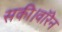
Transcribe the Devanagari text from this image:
सकी।वॉरेन